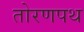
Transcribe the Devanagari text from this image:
तोरणपथ